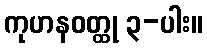
ကုဟနဝတ္ထု ၃-ပါး။